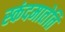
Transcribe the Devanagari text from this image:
स्कंदमातेति